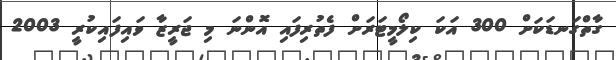
ގާތްގަނޑަކަށް 300 އަކަ ކިލޯމީޓަރަށް ފެތުރިފައި އޮންނަ މި ޖަރީޒާ ވައިފައިކުރީ 2003